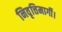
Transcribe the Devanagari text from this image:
निवृत्तिमार्गी।